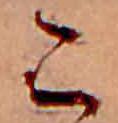
こ